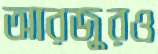
আরজুরও